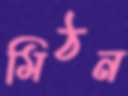
মিঠন